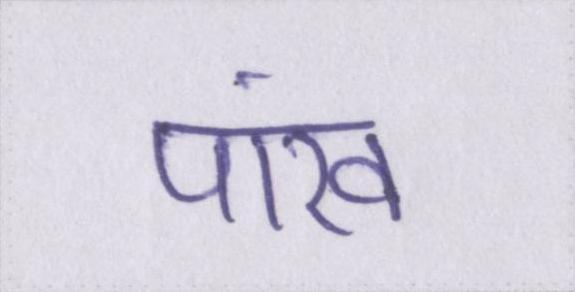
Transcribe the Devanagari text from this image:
पांख